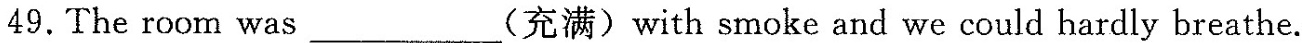
49.The room was___(充满)with smoke and we could hardly breathe.